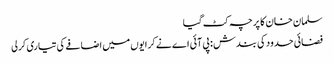
سلمان خان کا پرچہ کٹ گیا
فضائی حدود کی بندش : پی آئی اے نے کرایوں میں اضافے کی تیاری کرلی